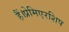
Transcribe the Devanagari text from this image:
हैं।प्रेमिएरशिप